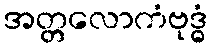
အတ္တလောကံဗုဒ္ဓံ